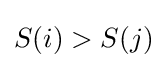
S(i)>S(j)